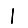
Digit: 1